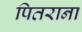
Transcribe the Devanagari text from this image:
पितराना